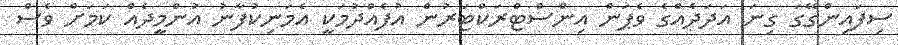
ސިފައިންގޭގަ ގިނަ އަދަދެއްގެ ވެޕަން އިންސްޓްރަކްޓަރުން އުފެއްދުމަކީ އެމަނިކުފާނު އުންމީދެއް ކަމަށް ވެސް